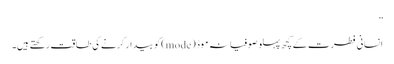
”
انسانی فطرت کے کچھ پہلو صوفیانہ موڈ (mode) کو بیدار کرنے کی طاقت رکھتے ہیں۔